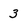
Character: 3